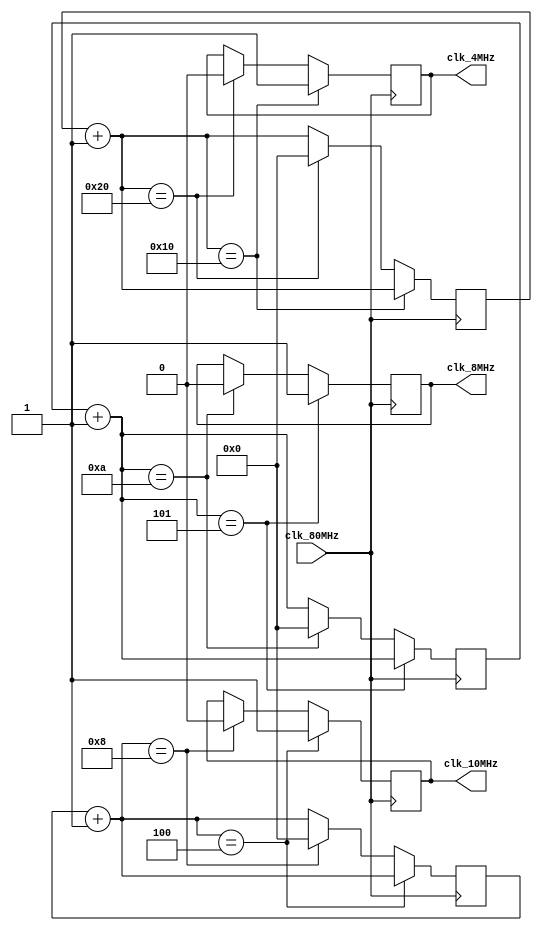
module frev_div(clk_80MHz, clk_10MHz, clk_8MHz, clk_4MHz);

input clk_80MHz;

output reg clk_10MHz = 0;
output reg clk_8MHz = 0;
output reg clk_4MHz = 0;

reg[7:0] count1;
reg[7:0] count2;
reg[7:0] count3;

always@(posedge clk_80MHz)begin


	count1 = count1 + 1;
	count2 = count2 + 1;
	count3 = count3 + 1;
	
	if(count1 == 5)begin// 5 10 8 mhz
		clk_8MHz = 1;
	end
	else if(count1 == 10)begin
		clk_8MHz = 0;
		count1 = 0;	
	end
	
	if(count2 == 16)begin
		clk_4MHz = 1;
	end
	else if(count2 == 32)begin
		clk_4MHz = 0;
		count2 = 0;	
	end
	
	if(count3 == 4)begin
		clk_10MHz = 1;
	end
	else if(count3 == 8)begin
		clk_10MHz = 0;
		count3 = 0;	
	end	
	
			
end

endmodule